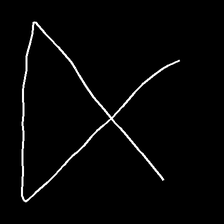
Glyph: collection